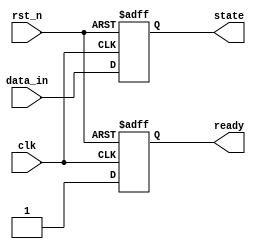
module reset_condition_block (
    input wire clk,           // Clock signal
    input wire rst_n,        // Active low reset signal (low to reset)
    input wire [7:0] data_in, // Example input data
    output reg [7:0] state,   // State variable
    output reg ready          // Output signal indicating system is ready
);

// State initialization values
localparam INITIAL_STATE = 8'h00; // Define initial state value

// Synchronous reset logic
always @(posedge clk or negedge rst_n) begin
    if (!rst_n) begin
        // Reset condition
        state <= INITIAL_STATE; // Set state to initial value
        ready <= 1'b0;          // Indicate system is not ready
    end else begin
        // Normal operation (placeholder for state transition logic)
        // Example: simple state transition based on input
        state <= data_in; // Update state with input data
        ready <= 1'b1;     // Indicate system is ready
    end
end

endmodule